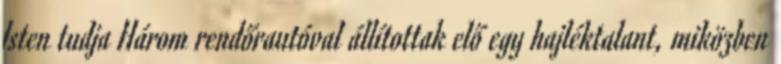
Isten tudja Három rendőrautóval állítottak elő egy hajléktalant, miközben